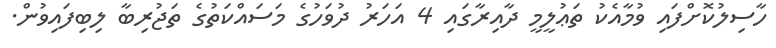
ހާސިލުކޮށްފައި ވުމާއެކު ތަޢުލީމީ ދާއިރާގައި 4 އަހަރު ދުވަހުގެ މަސައްކަތުގެ ތަޖުރިބާ ލިބިފައިވުން.